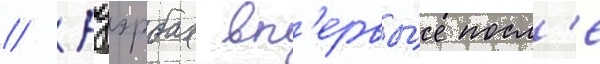
// Ауэрбах вп'ервы́е посл'е